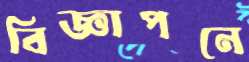
বিজ্ঞাপনে